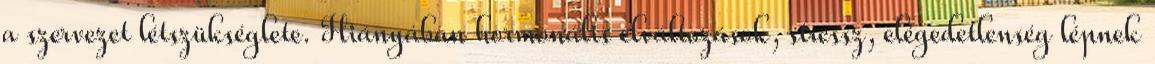
a szervezet létszükséglete. Hiányában hormonális elváltozások, stressz, elégedetlenség lépnek